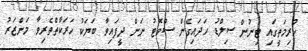
ކުރިމަތީގައި ޓިނުން ސިލްޑު ހަދައިގެން ސްވޮޓު ނަން ދީފައިވާ ބަޔަކު ހަރަކާތްތެރިވާ މަންޒަރު